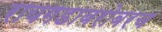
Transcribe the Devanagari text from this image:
रायगडाबरोबरच